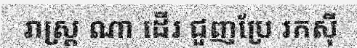
រាស្ត្រ ណា ដើរ ជួញប្រែ រកស៊ី